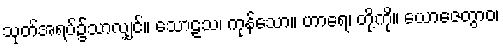
သုတ်အရပ်၌သာလျှင်။ သောဠသ၊ ကုန်သော။ ဟာရေ၊ တို့ကို။ ယောဇေတွာဝ၊